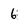
Character: 6